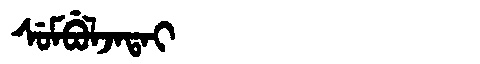
Manchu: ᠰᡠᠮᠪᡠᠯᠵᠠᡨᠠᡳ
Romanization: SUMBULJATAI